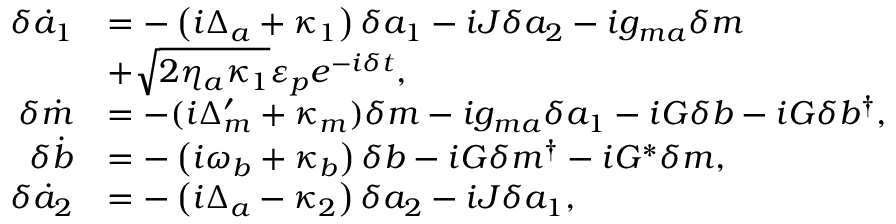
\begin{array} { r l } { \delta \dot { a } _ { 1 } } & { = - \left( i \Delta _ { a } + \kappa _ { 1 } \right) \delta a _ { 1 } - i J \delta a _ { 2 } - i g _ { m a } \delta m } \\ & { + \sqrt { 2 \eta _ { a } \kappa _ { 1 } } \varepsilon _ { p } e ^ { - i \delta t } , } \\ { \delta \dot { m } } & { = - ( i \Delta _ { m } ^ { \prime } + \kappa _ { m } ) \delta m - i g _ { m a } \delta a _ { 1 } - i G \delta b - i G \delta b ^ { \dagger } , } \\ { \delta \dot { b } } & { = - \left( i \omega _ { b } + \kappa _ { b } \right) \delta b - i G \delta m ^ { \dagger } - i G ^ { * } \delta m , } \\ { \delta \dot { a } _ { 2 } } & { = - \left( i \Delta _ { a } - \kappa _ { 2 } \right) \delta a _ { 2 } - i J \delta a _ { 1 } , } \end{array}